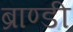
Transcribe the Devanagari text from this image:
ब्राण्डी